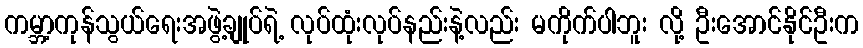
ကမ္ဘာ့ကုန်သွယ်ရေးအဖွဲ့ချုပ်ရဲ့ လုပ်ထုံးလုပ်နည်းနဲ့လည်း မကိုက်ပါဘူး လို့ ဦးအောင်နိုင်ဦးက